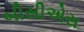
બીસીએસ